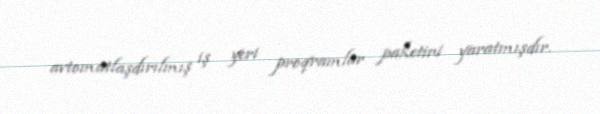
avtomatlaşdırılmış iş yeri proqramlar paketini yaratmışdır.